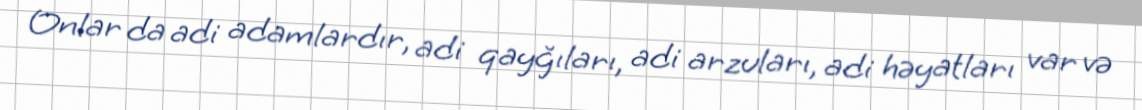
Onlar da adi adamlardır, adi qayğıları, adi arzuları, adi həyatları var və